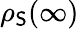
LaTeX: \rho_{\mathsf{S}}(\infty)